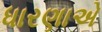
ધારણાએ